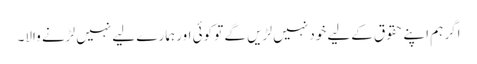
اگر ہم اپنے حقوق کےلیے خود نہیں لڑیں گے تو کوئی اور ہمارے لیے نہیں لڑنے والا۔